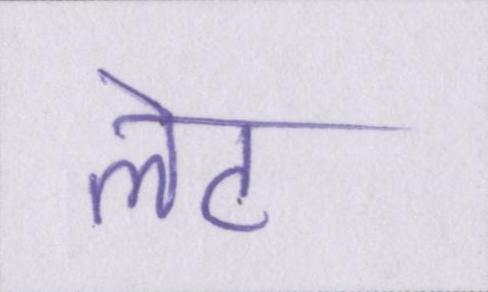
लेट